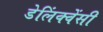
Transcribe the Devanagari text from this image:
डेलिंक्वेंसी